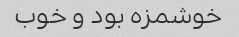
خوشمزه بود و خوب